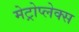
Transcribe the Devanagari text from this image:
मेट्रोप्लेक्स